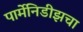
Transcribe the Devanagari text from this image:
पार्मेनिडीझचा